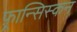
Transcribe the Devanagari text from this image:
फ़्रान्सिस्कन